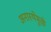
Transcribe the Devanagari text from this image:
अनास्थेमुळे